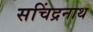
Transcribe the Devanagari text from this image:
सचिंद्रनाथ